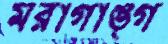
মরাগাঙ্গ